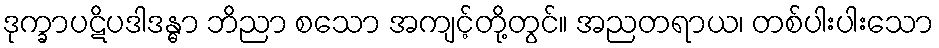
ဒုက္ခာပဋိပဒါဒန္ဓာ ဘိညာ စသော အကျင့်တို့တွင်။ အညတရာယ၊ တစ်ပါးပါးသော